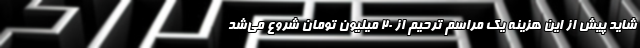
شاید پیش از این هزینه یک مراسم ترحیم از ۲۰ میلیون تومان شروع می‌شد